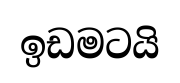
ඉඩමටයි